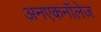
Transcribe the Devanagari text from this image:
अनएकनॉलेज